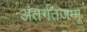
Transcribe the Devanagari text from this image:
अंतर्गतजम्मू